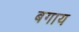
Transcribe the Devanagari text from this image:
बगाय